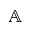
\mathbb { A }